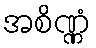
အစိဏ္ဏံ